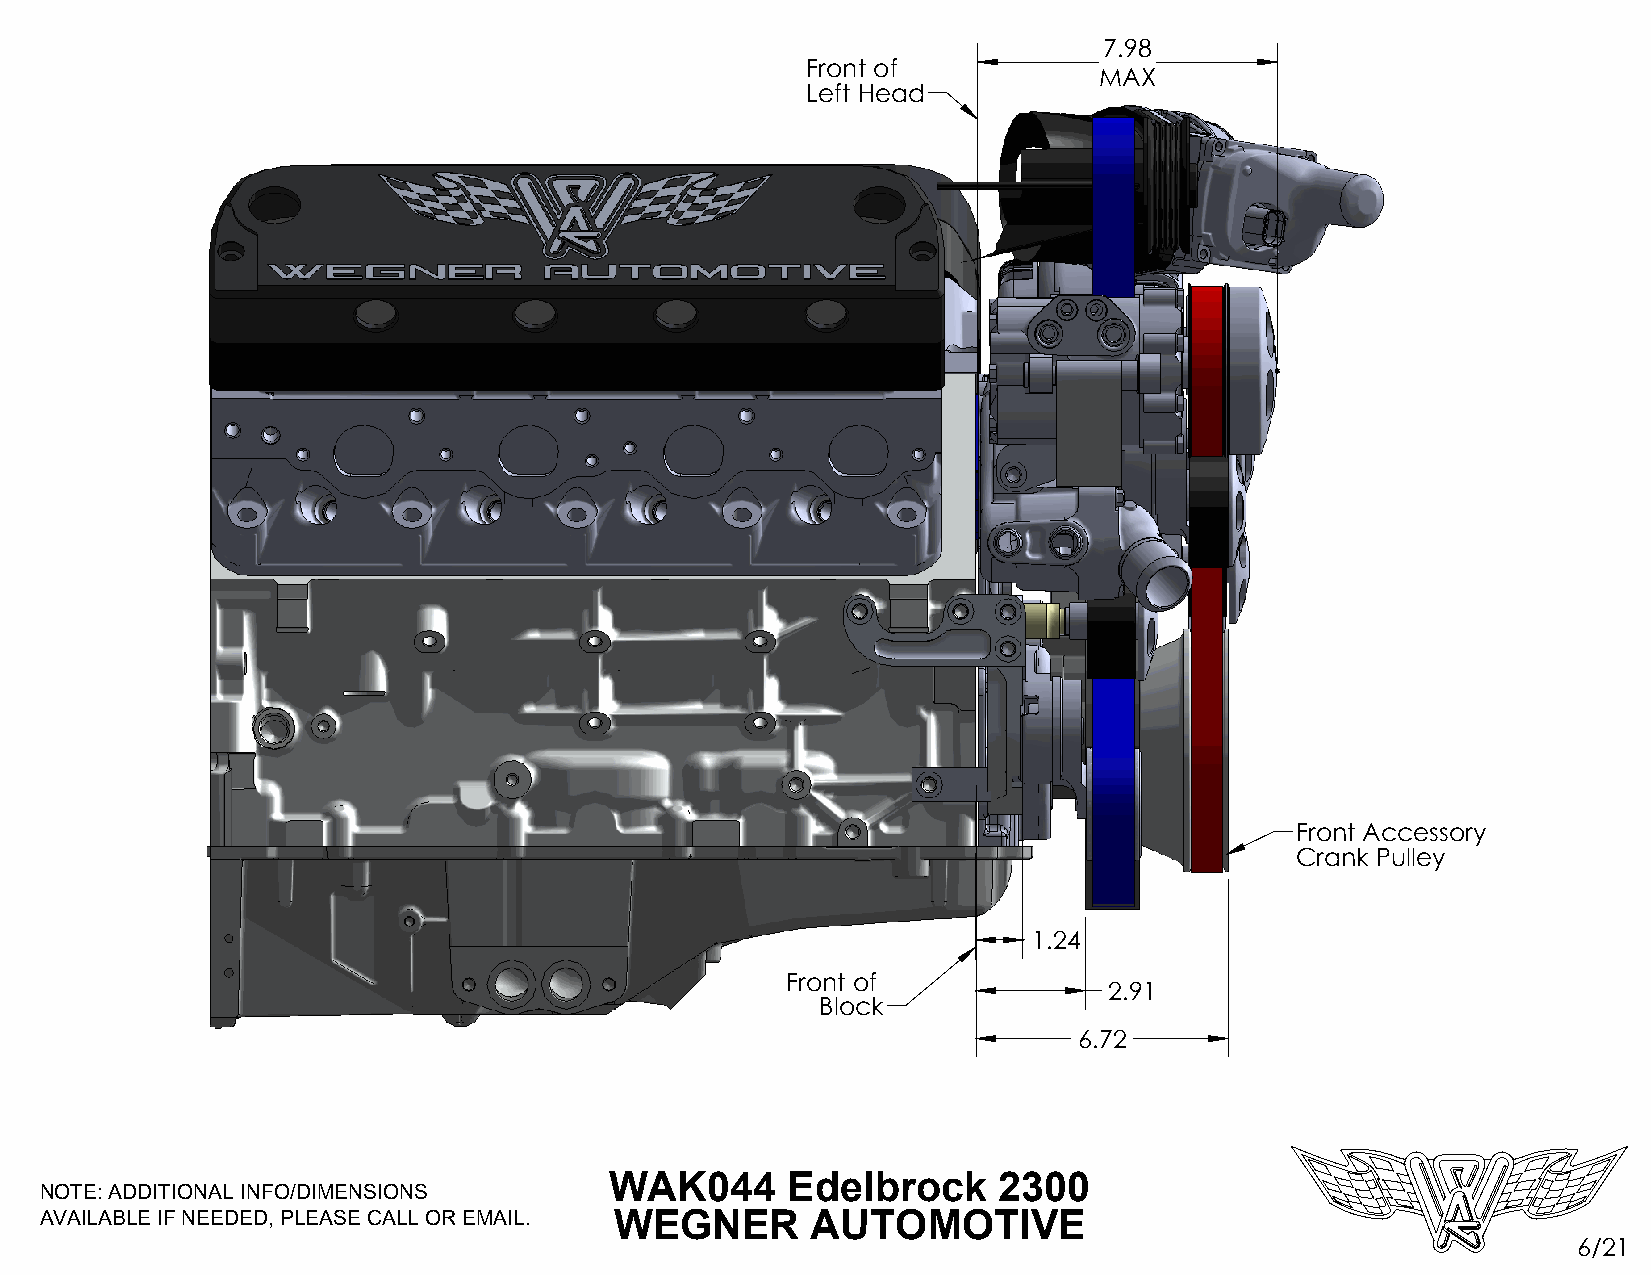
7.98
 Front of
 MAX
 Left Head
 Front Accessory
 Crank Pulley
 1.24
 Front of
 2.91
 Block
 6.72
 WAK044      Edelbrock     2300
 NOTE: ADDITIONAL INFO/DIMENSIONS
 AVAILABLE IF NEEDED, PLEASE CALL OR EMAIL. WEGNER  AUTOMOTIVE
 6/21